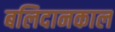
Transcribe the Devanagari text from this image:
बलिदानकाल